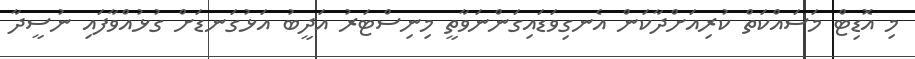
މި އޮޑިޓް މަސައްކަތް ކުރިއަށްދާކަން އެނގިވަޑައިގަންނަވާތީ މިނިސްޓަރު އަދީބު އަޅުގަނޑަށް ގުޅުއްވާފައި ނުސީދާ